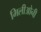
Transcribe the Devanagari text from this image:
मिलीओनी